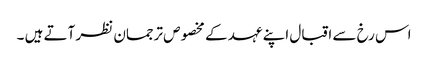
اس رخ سے اقبال اپنے عہد کے مخصوص ترجمان نظر آتے ہیں ۔